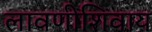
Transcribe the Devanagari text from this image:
लावणीशिवाय